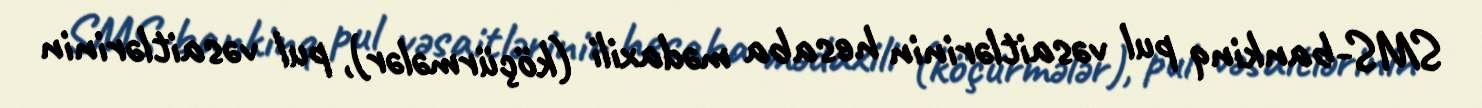
SMS-bankinq pul vəsaitlərinin hesaba mədaxili (köçürmələr), pul vəsaitlərinin